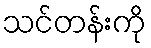
သင်တန်းကို